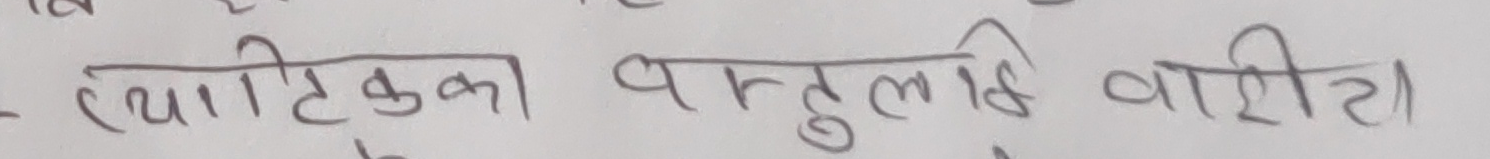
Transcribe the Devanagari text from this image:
त्यहाटिका वस्तुको वाशेठा